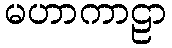
မဟာကာဠာ